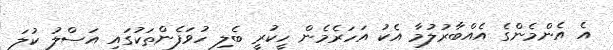
އެ އެންމެންގެ އެއްްބާރުލުމާ އެކު އަހަރެމެން ހީކުރީ ބެލި ހުވަފެންތަކުގައި އަސްލު ކުލަ